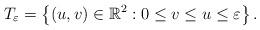
LaTeX: \begin{align*} T_\varepsilon=\left\{(u,v)\in \mathbb{R}^2:0\leq v\leq u\leq \varepsilon\right\}.\end{align*}